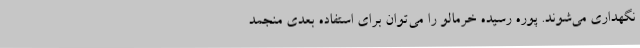
نگهداری می‌شوند. پوره رسیده خرمالو را می‌توان برای استفاده بعدی منجمد